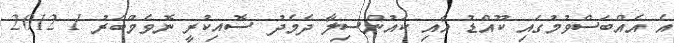
އެ އެއްބަސްވުމުގައި ކޫއްޑު އާއި ކައުންސިލާ ދެމެދު ސޮއިކުރީ ނޮވެމްބަރު 1 2012